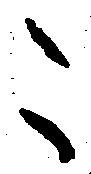
こ